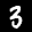
Label: 3